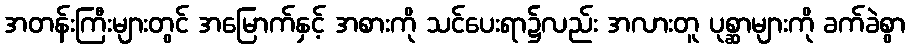
အတန်းကြီးများတွင် အမြောက်နှင့် အစားကို သင်ပေးရာ၌လည်း အလားတူ ပုစ္ဆာများကို ခက်ခဲစွာ